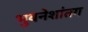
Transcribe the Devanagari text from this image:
भुवनेशांतग